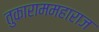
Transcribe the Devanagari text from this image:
तुकाराममहाराज